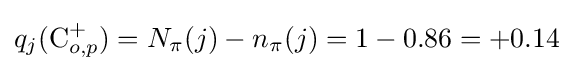
q_{j}(\mathrm {C} _{o,p}^{+})=N_{\pi }(j)-n_{\pi }(j)=1-0.86=+0.14